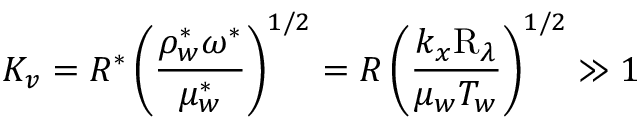
K _ { v } = R ^ { \ast } \left( \frac { \rho _ { w } ^ { \ast } \omega ^ { \ast } } { \mu _ { w } ^ { \ast } } \right) ^ { 1 / 2 } = R \left( \frac { k _ { x } \mathrm { R } _ { \lambda } } { \mu _ { w } T _ { w } } \right) ^ { 1 / 2 } \gg 1